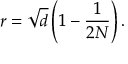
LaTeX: r = \sqrt { d } \left( 1 - \frac { 1 } { 2 N } \right) .